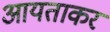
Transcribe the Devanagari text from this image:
आयताकर